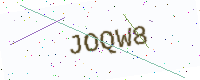
Text: JOQW8